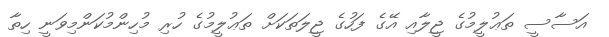
އަސާސީ ތަޢުލީމުގެ ޖީލާއި އޭގެ ފަހުގެ ޖީލަތަކަށް ތަޢުލީމުގެ ހުރި މުހިންމުކަންމިވަނީ ހިތާ